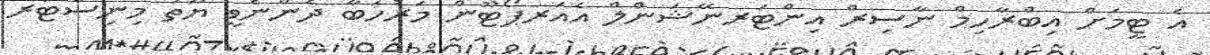
އެ ޓީމަށް އިބްރާހިމް ނާސިރް އިންޓަރނޭޝަންލް އެއަރޕޯޓޫން މަރުހަބާ ދެންނެވީ ޔޫތު މިނިސްޓަރ